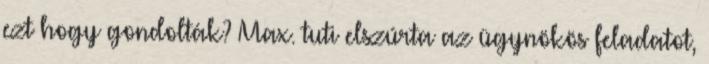
ezt hogy gondolták? Max. tuti elszúrta az ügynökös feladatot,